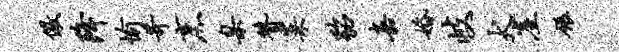
儆降愉苛烹臬赞菜貂嘉婚岐犬崖碾